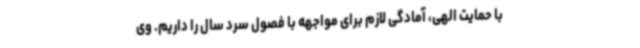
با حمایت الهی، آمادگی لازم برای مواجهه با فصول سرد سال را داریم. وی